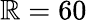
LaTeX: \mathbb{R}=60